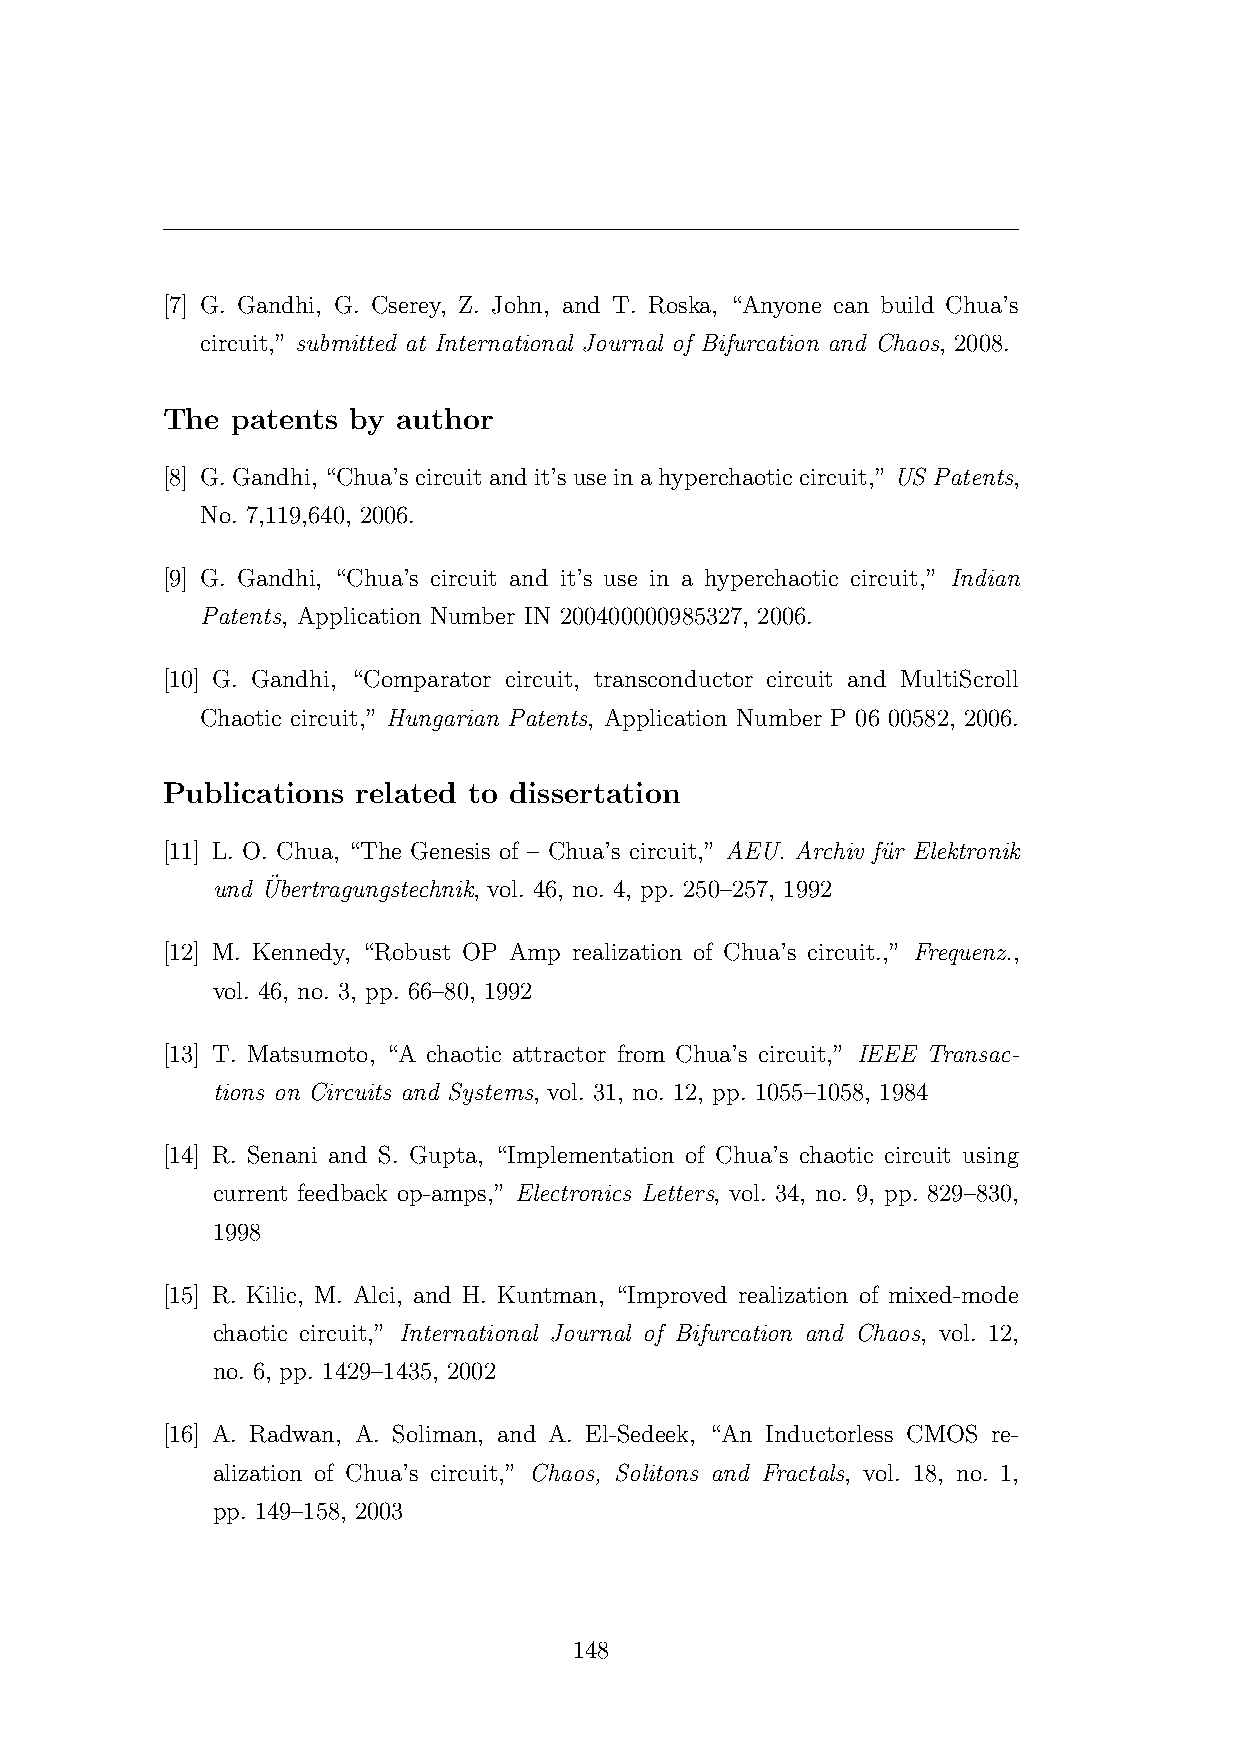
[7] G. Gandhi, G. Cserey, Z. John, and T. Roska, “Anyone can build Chua’s
 circuit,” submitted at International Journal of Bifurcation and Chaos, 2008.
 The patents by author
 [8] G.Gandhi, “Chua’scircuitandit’suseinahyperchaoticcircuit,” US Patents,
 No. 7,119,640, 2006.
 [9] G. Gandhi, “Chua’s circuit and it’s use in a hyperchaotic circuit,” Indian
 Patents, Application Number IN 200400000985327, 2006.
 [10] G. Gandhi, “Comparator circuit, transconductor circuit and MultiScroll
 Chaotic circuit,” Hungarian Patents, Application Number P 06 00582, 2006.
 Publications related to dissertation
 [11] L. O. Chua, “The Genesis of – Chua’s circuit,” AEU. Archiv fu¨r Elektronik
 ¨
 und Ubertragungstechnik, vol. 46, no. 4, pp. 250–257, 1992
 [12] M. Kennedy, “Robust OP Amp realization of Chua’s circuit.,” Frequenz.,
 vol. 46, no. 3, pp. 66–80, 1992
 [13] T. Matsumoto, “A chaotic attractor from Chua’s circuit,” IEEE Transac-
 tions on Circuits and Systems, vol. 31, no. 12, pp. 1055–1058, 1984
 [14] R. Senani and S. Gupta, “Implementation of Chua’s chaotic circuit using
 current feedback op-amps,” Electronics Letters, vol. 34, no. 9, pp. 829–830,
 1998
 [15] R. Kilic, M. Alci, and H. Kuntman, “Improved realization of mixed-mode
 chaotic circuit,” International Journal of Bifurcation and Chaos, vol. 12,
 no. 6, pp. 1429–1435, 2002
 [16] A. Radwan, A. Soliman, and A. El-Sedeek, “An Inductorless CMOS re-
 alization of Chua’s circuit,” Chaos, Solitons and Fractals, vol. 18, no. 1,
 pp. 149–158, 2003
 148